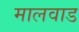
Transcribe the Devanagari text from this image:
मालवाड